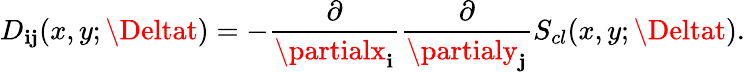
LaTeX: D_{\mathbf{i}\mathbf{j}}(x,y;\Deltat)=-\frac{{\partial}}{{\partialx_{\mathbf{i}}}}\frac{{\partial}}{{\partialy_{\mathbf{j}}}}S_{cl}(x,y;\Deltat).